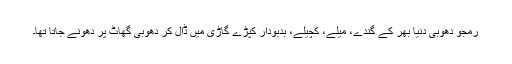
رمجو دھوبی دنیا بھر کے گندے، میلے، کچیلے، بدبودار کپڑے گاڑی میں ڈال کر دھوبی گھاٹ پر دھونے جاتا تھا۔